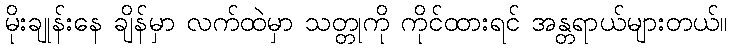
မိုးချုန်းနေ ချိန်မှာ လက်ထဲမှာ သတ္တုကို ကိုင်ထားရင် အန္တရာယ်များတယ်။